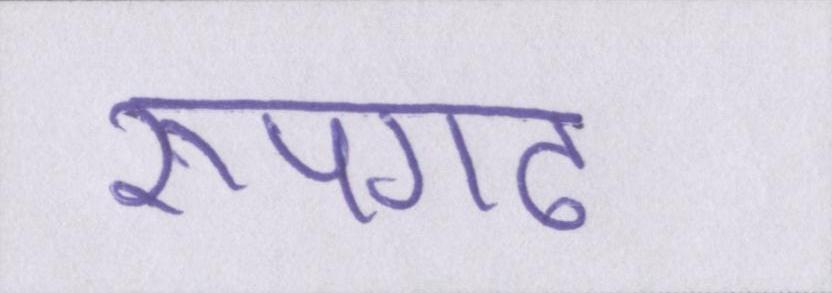
रूपगढ